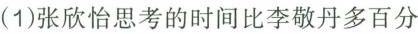
(1)张欣怡思考的时间比李敬丹多百分